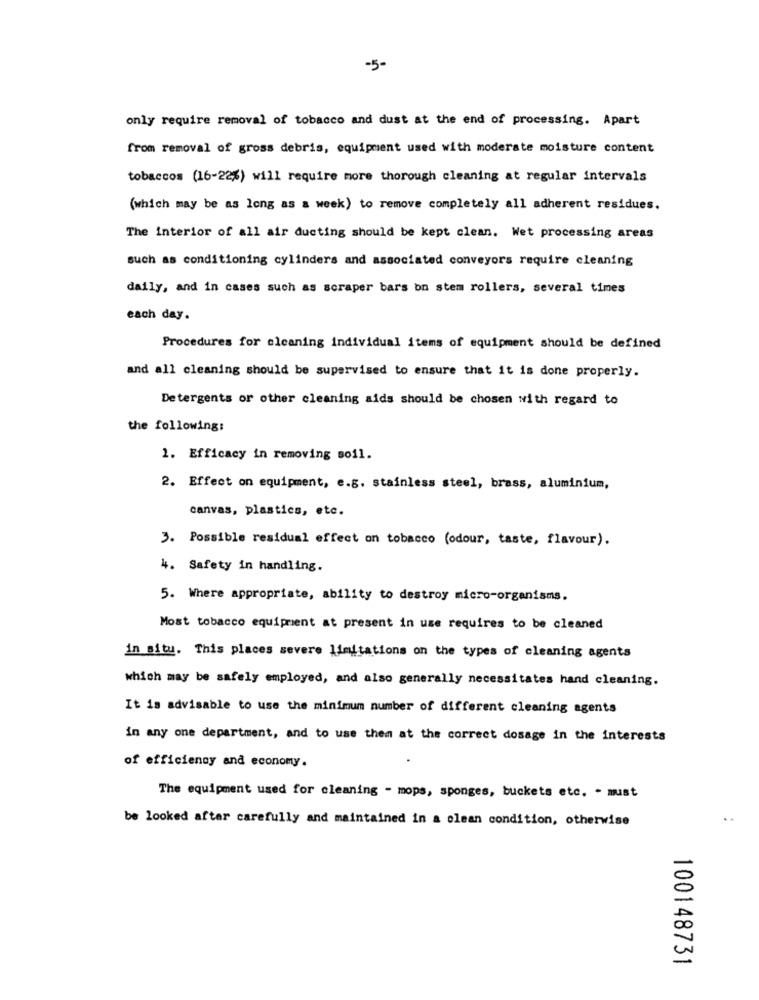
-5-
only require removal of tobacco and dust at the end of processing. Apart
from removal of gross debris, equipment used with moderate moisture content
tobaccos (16-22%) will require more thorough cleaning at regular intervals
(which may be as long as a week) to remove completely all adherent residues.
The interior of all air ducting should be kept clean. Wet processing areas
such as conditioning cylinders and associated conveyors require cleaning
daily, and in cases such as scraper bars on stem rollers, several times
each day.
Procedures for cleaning individual items of equipment should be defined
and all cleaning should be supervised to ensure that it is done properly.
Detergents or other cleaning aids should be chosen with regard to
the following:
1. Efficacy in removing soil.
2. Effect on equipment, e.g. stainless steel, brass, aluminium,
canvas, plastics, etc.
3. Possible residual effect on tobacco (odour, taste, flavour).
4. Safety in handling.
5. Where appropriate, ability to destroy micro-organisms.
Most tobacco equipment at present in use requires to be cleaned
in situ. This places severe limitations on the types of cleaning agents
which may be safely employed, and also generally necessitates hand cleaning.
It is advisable to use the minimum number of different cleaning agents
in any one department, and to use them at the correct dosage in the interests
of efficiency and economy.
The equipment used for cleaning - mops, sponges, buckets etc. . must
be looked after carefully and maintained in a clean condition, otherwise
OC
-
100148731